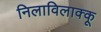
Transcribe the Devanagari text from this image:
निलाविलाक्कू